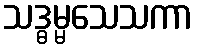
သဒ္ဓမ္မသေသကာ